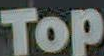
Top